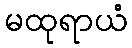
မထုရာယံ